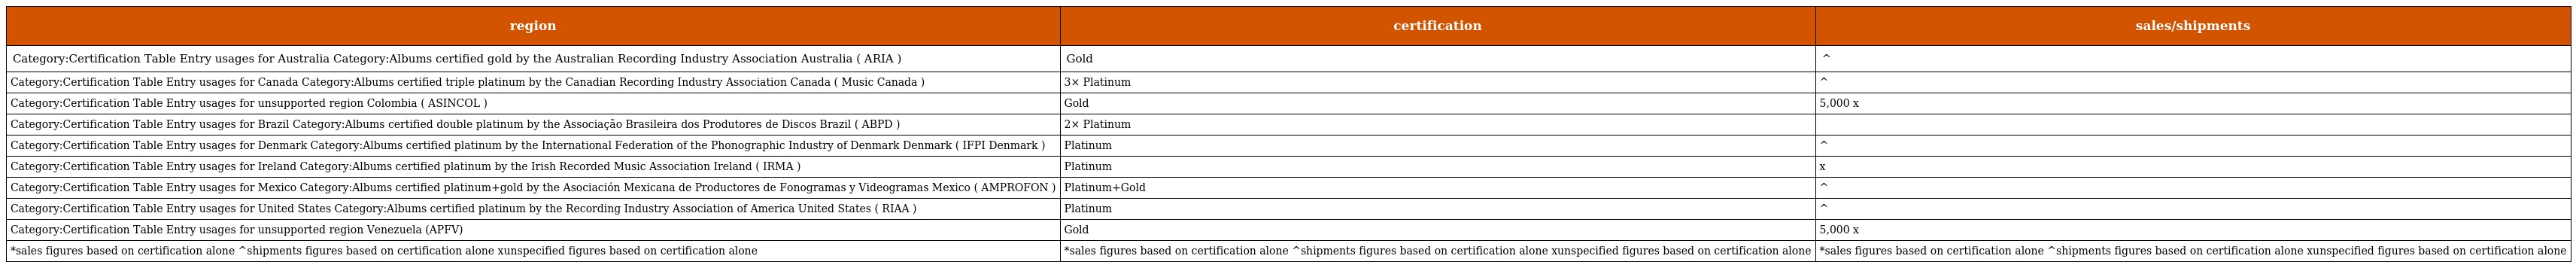
| region | certification | sales/shipments |
 | --- | --- | --- |
 | Category:Certification Table Entry usages for Australia Category:Albums certified gold by the Australian Recording Industry Association Australia ( ARIA ) | Gold | ^ |
 | Category:Certification Table Entry usages for Canada Category:Albums certified triple platinum by the Canadian Recording Industry Association Canada ( Music Canada ) | 3× Platinum | ^ |
 | Category:Certification Table Entry usages for unsupported region Colombia ( ASINCOL ) | Gold | 5,000 x |
 | Category:Certification Table Entry usages for Brazil Category:Albums certified double platinum by the Associação Brasileira dos Produtores de Discos Brazil ( ABPD ) | 2× Platinum |  |
 | Category:Certification Table Entry usages for Denmark Category:Albums certified platinum by the International Federation of the Phonographic Industry of Denmark Denmark ( IFPI Denmark ) | Platinum | ^ |
 | Category:Certification Table Entry usages for Ireland Category:Albums certified platinum by the Irish Recorded Music Association Ireland ( IRMA ) | Platinum | x |
 | Category:Certification Table Entry usages for Mexico Category:Albums certified platinum+gold by the Asociación Mexicana de Productores de Fonogramas y Videogramas Mexico ( AMPROFON ) | Platinum+Gold | ^ |
 | Category:Certification Table Entry usages for United States Category:Albums certified platinum by the Recording Industry Association of America United States ( RIAA ) | Platinum | ^ |
 | Category:Certification Table Entry usages for unsupported region Venezuela (APFV) | Gold | 5,000 x |
 | *sales figures based on certification alone ^shipments figures based on certification alone xunspecified figures based on certification alone | *sales figures based on certification alone ^shipments figures based on certification alone xunspecified figures based on certification alone | *sales figures based on certification alone ^shipments figures based on certification alone xunspecified figures based on certification alone |